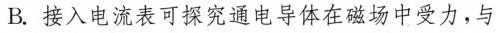
B. 接入电流表可探究通电导体在磁场中受力，与